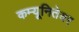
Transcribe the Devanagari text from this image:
कम्यूनितेयर